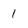
Character: 1